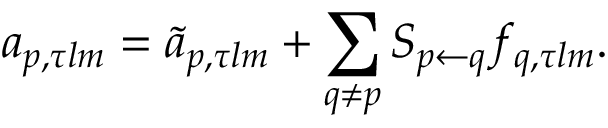
a _ { p , \tau l m } = \Tilde { a } _ { p , \tau l m } + \sum _ { q \neq p } S _ { p \leftarrow q } f _ { q , \tau l m } .